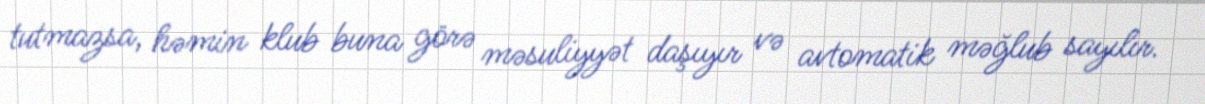
tutmazsa, həmin klub buna görə məsuliyyət daşıyır və avtomatik məğlub sayılır.